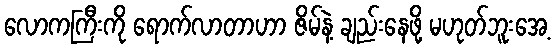
လောကကြီးကို ရောက်လာတာဟာ ဇိမ်နဲ့ ချည်းနေဖို့ မဟုတ်ဘူးအေ့